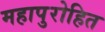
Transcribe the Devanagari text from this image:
महापुरोहित